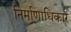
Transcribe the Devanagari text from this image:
निर्माणाधिकार